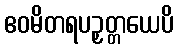
ဧဝမိတရပဉှတ္တယေပိ